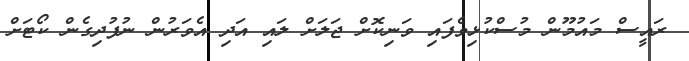
ރައީސް މައުމޫން މުސްކުޅިވެފައި ވަނިކޮށް ޖަލަށް ލައި އަދި އެވަރުން ނުފުދިގެން ކޯޓަށް